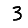
Digit: 3